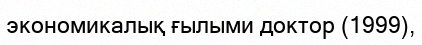
экономикалық ғылыми доктор (1999),